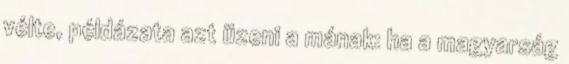
vélte, példázata azt üzeni a mának: ha a magyarság